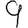
Digit: 9